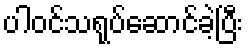
ပါဝင်သရုပ်ဆောင်ခဲ့ပြီး